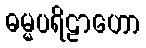
ဓမ္မပရိဠာဟော